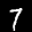
Label: 7